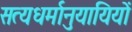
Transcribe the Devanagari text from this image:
सत्यधर्मानुयायियों